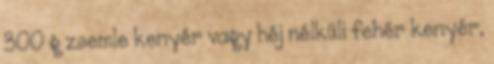
300 g zsemle kenyér vagy héj nélküli fehér kenyér,